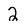
Character: 2